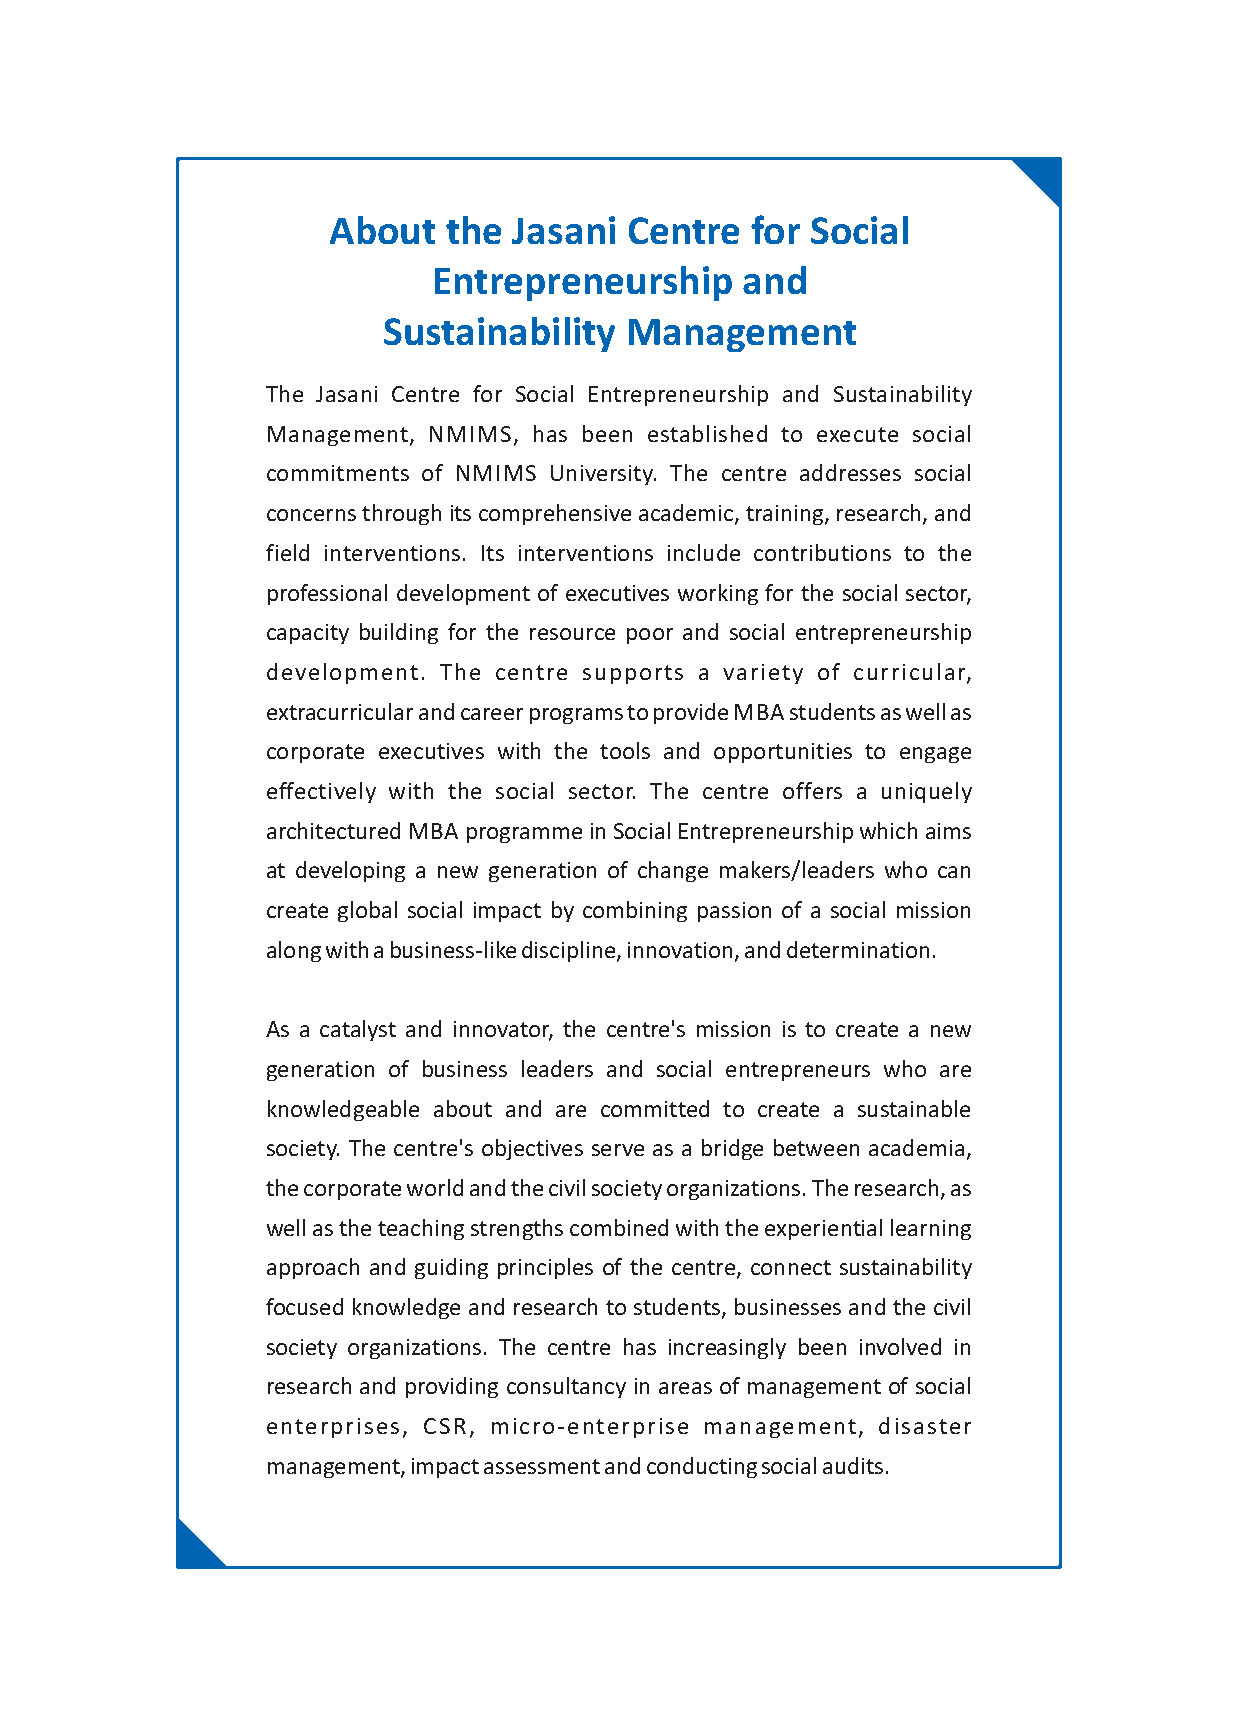
About   the Jasani Centre   for Social
 Entrepreneurship    and
 Sustainability  Management
 The Jasani Centre for Social Entrepreneurship and Sustainability
 Management, NMIMS, has been established to execute social
 commitments of NMIMS University. The centre addresses social
 concerns through its comprehensive academic, training, research, and
 field interventions. Its interventions include contributions to the
 professional development of executives working for the social sector,
 capacity building for the resource poor and social entrepreneurship
 development. The centre supports a variety of curricular,
 extracurricular and career programs to provide MBA students as well as
 corporate executives with the tools and opportunities to engage
 effectively with the social sector. The centre offers a uniquely
 architectured MBA programme in Social Entrepreneurship which aims
 at developing a new generation of change makers/leaders who can
 create global social impact by combining passion of a social mission
 along with a business-like discipline, innovation, and determination.
 As a catalyst and innovator, the centre's mission is to create a new
 generation of business leaders and social entrepreneurs who are
 knowledgeable about and are committed to create a sustainable
 society. The centre's objectives serve as a bridge between academia,
 the corporate world and the civil society organizations. The research, as
 well as the teaching strengths combined with the experiential learning
 approach and guiding principles of the centre, connect sustainability
 focused knowledge and research to students, businesses and the civil
 society organizations. The centre has increasingly been involved in
 research and providing consultancy in areas of management of social
 enterprises, CSR, micro-enterprise management, disaster
 management, impact assessment and conducting social audits.